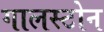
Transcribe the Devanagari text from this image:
गालस्टोन